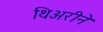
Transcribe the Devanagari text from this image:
थिअरीने